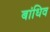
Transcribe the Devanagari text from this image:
बांधिव